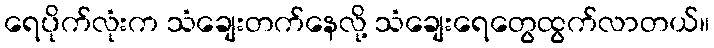
ရေပိုက်လုံးက သံချေးတက်နေလို့ သံချေးရေတွေထွက်လာတယ်။